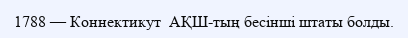
1788 — Коннектикут  АҚШ-тың бесінші штаты болды.